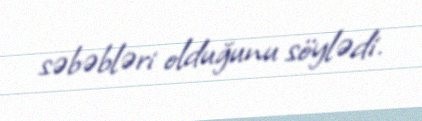
səbəbləri olduğunu söylədi.